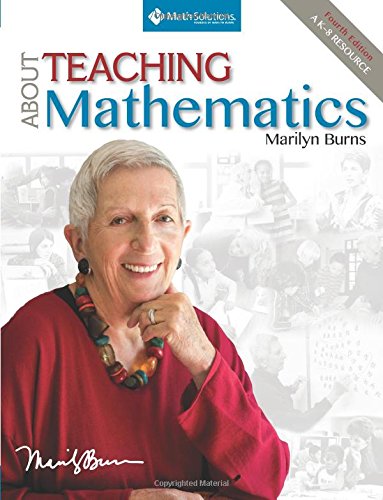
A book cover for About Teaching Mathematics: A K-8 Resource (4th Edition); Marilyn Burns; Education & Teaching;